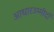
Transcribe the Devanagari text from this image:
आधारउम्मीदों